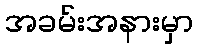
အခမ်းအနားမှာ